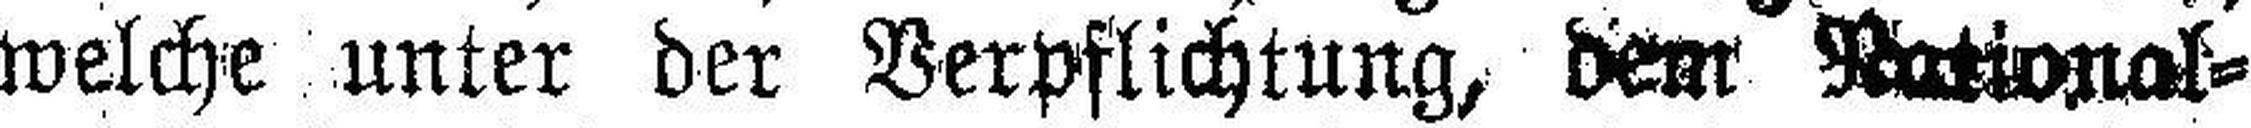
welche unter der Verpflichtung, dem National¬